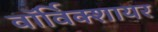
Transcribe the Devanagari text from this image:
वाॅर्विक्शायर